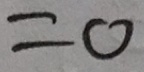
= 0